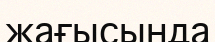
жағысында